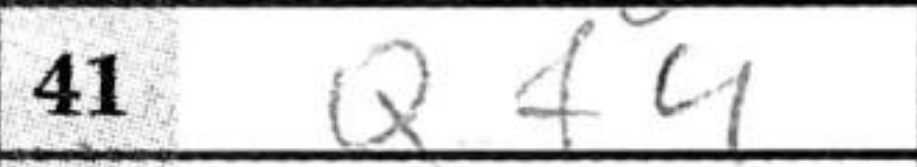
Transcription: Qf4